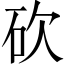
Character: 砍